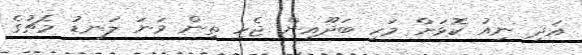
އަދި ނިއު ކޮޅަށް މަހި ބަދޫއިން ޖެހި ތިން ވަނަ ލަނޑު މެޗުގެ